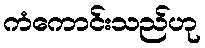
ကံကောင်းသည်ဟု